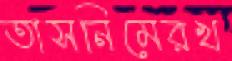
তাসনিমেরখ